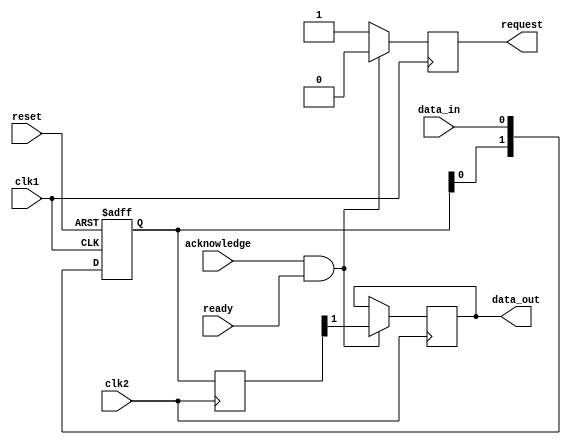
module synchronizer_with_handshaking (
    input wire clk1,
    input wire clk2,
    input wire reset,
    input wire data_in,
    output reg data_out,
    output reg request,
    input wire acknowledge,
    input wire ready
);

reg [1:0] sync_data;
reg [1:0] sync_data_buffer;

always @(posedge clk1 or posedge reset) begin
    if (reset) begin
        sync_data <= 2'b0;
    end else begin
        sync_data <= {sync_data[0], data_in};
    end
end

always @(posedge clk2) begin
    sync_data_buffer <= sync_data;
end

always @(posedge clk2) begin
    if (acknowledge && ready) begin
        data_out <= sync_data_buffer[1];
    end
end

always @(posedge clk1) begin
    if (acknowledge && ready) begin
        request <= 1'b0;
    end else begin
        request <= 1'b1;
    end
end

endmodule